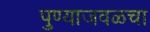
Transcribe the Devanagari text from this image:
पुण्याजवळचा